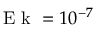
\textrm { E k } = 1 0 ^ { - 7 }